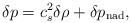
LaTeX: \begin{align*}\delta p = c_s^2 \delta \rho + \delta p_{{\rm nad}},\end{align*}